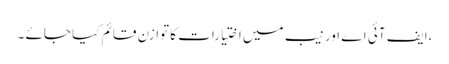
،ایف آئی اے اور نیب میں اختیارات کا توازن قائم کیا جائے ۔